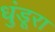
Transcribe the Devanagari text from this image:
धुंडूरा